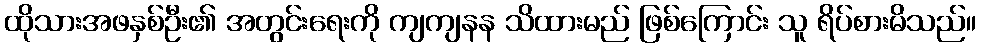
ထိုသားအဖနှစ်ဦး၏ အတွင်းရေးကို ကျကျနန သိထားမည် ဖြစ်ကြောင်း သူ ရိပ်စားမိသည်။